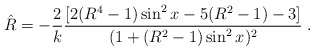
\begin{align*}{\hat R}=-{2\over k}{[2(R^{4}-1)\sin^2 x-5(R^2-1)-3 ] \over (1+(R^2-1)\sin^2 x)^2} \; .\end{align*}